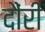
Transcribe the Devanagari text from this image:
दौंरी